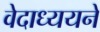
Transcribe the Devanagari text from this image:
वेदाध्ययने